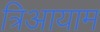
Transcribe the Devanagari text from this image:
त्रिआयाम